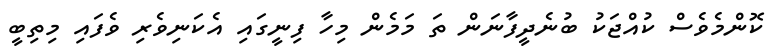
ކޮންމެވެސް ކުއްޖަކު ބުނެދީފާނަން ތަ މަމެން މިހާ ފިނީގައި އެކަނިވެރި ވެފައި މިތިބީ